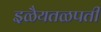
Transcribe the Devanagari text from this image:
इळैयतळपती